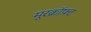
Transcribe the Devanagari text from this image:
मूरक्रॉफ़्ट